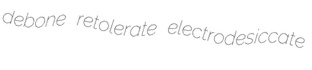
debone retolerate electrodesiccate